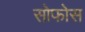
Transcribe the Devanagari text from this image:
सोफोस